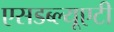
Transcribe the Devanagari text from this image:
एसडब्ल्यूएटी